Indian journal of veterinary science and animal husbandry - Volume 2,
Year: 1932
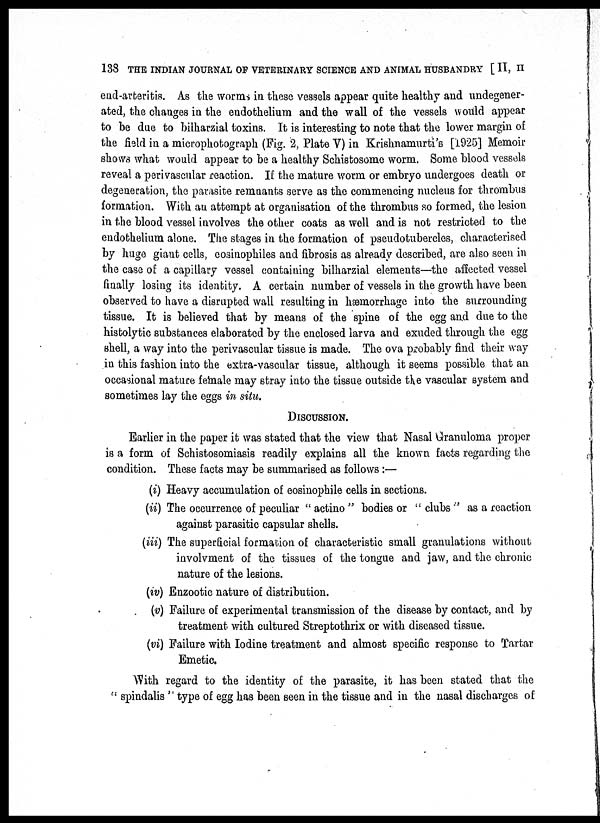
138 THE INDIAN JOURNAL OF VETERINARY SCIENCE AND ANIMAL HUSBANDRY [ II, II
end-arteritis. As the worms in these vessels appear quite healthy and undegener-
ated, the changes in the endothelium and the wall of the vessels would appear
to be due to bilharzial toxins. It is interesting to note that the lower margin of
the field in a microphotograph (Fig. 2, Plate V) in Krishnamurti's [1925] Memoir
shows what would appear to be a healthy Schistosome worm. Some blood vessels
reveal a perivascular reaction. If the mature worm or embryo undergoes death or
degeneration, the parasite remnants serve as the commencing nucleus for thrombus
formation. With an attempt at organisation of the thrombus so formed, the lesion
in the blood vessel involves the other coats as well and is not restricted to the
endothelium alone. The stages in the formation of pseudotubercles, characterised
by huge giant cells, eosinophiles and fibrosis as already described, are also seen in
the case of a capillary vessel containing bilharzial elements—the affected vessel
finally losing its identity. A certain number of vessels in the growth have been
observed to have a disrupted wall resulting in hæmorrhage into the surrounding
tissue. It is believed that by means of the spine of the egg and due to the
histolytic substances elaborated by the enclosed larva and exuded through the egg
shell, a way into the perivascular tissue is made. The ova probably find their way
in this fashion into the extra-vascular tissue, although it seems possible that an
occasional mature female may stray into the tissue outside the vascular system and
sometimes lay the eggs in situ.
DISCUSSION.
Earlier in the paper it was stated that the view that Nasal Granuloma proper
is a form of Schistosomiasis readily explains all the known facts regarding the
condition. These facts may be summarised as follows:—
(i) Heavy accumulation of eosinophile cells in sections.
(ii) The occurrence of peculiar " actino " bodies or " clubs " as a reaction
against parasitic capsular shells.
(iii) The superficial formation of characteristic small granulations without
involvment of the tissues of the tongue and jaw, and the chronic
nature of the lesions.
(iv) Enzootic nature of distribution.
(v) Failure of experimental transmission of the disease by contact, and by
treatment with cultured Streptothrix or with diseased tissue.
(vi) Failure with Iodine treatment and almost specific response to Tartar
Emetic.
With regard to the identity of the parasite, it has been stated that the
" spindalis " type of egg has been seen in the tissue and in the nasal discharges of